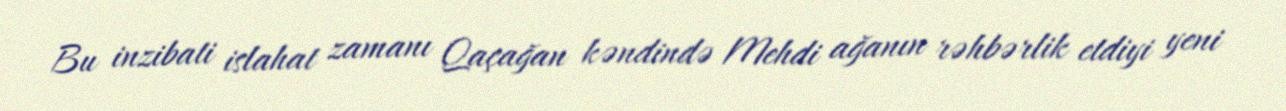
Bu inzibati islahat zamanı Qaçağan kəndində Mehdi ağanın rəhbərlik etdiyi yeni